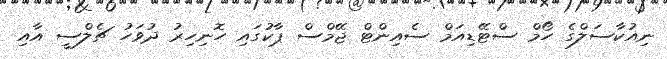
ނިއުކާސަލްގެ ހޯމް ސްޓޭޑިއަމް ސެއިންޓް ޖޭމްސް ޕާކުގައި ހޮނިހިރު ދުވަހު ޗެލްސީ އާއި